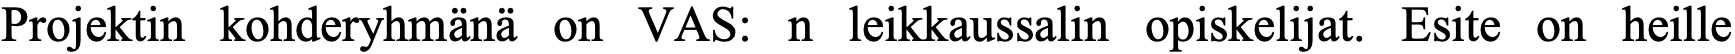
Projektin kohderyhmänä on VAS: n leikkaussalin opiskelijat. Esite on heille